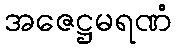
အဇေဋ္ဌမရဏံ